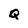
Character: Q